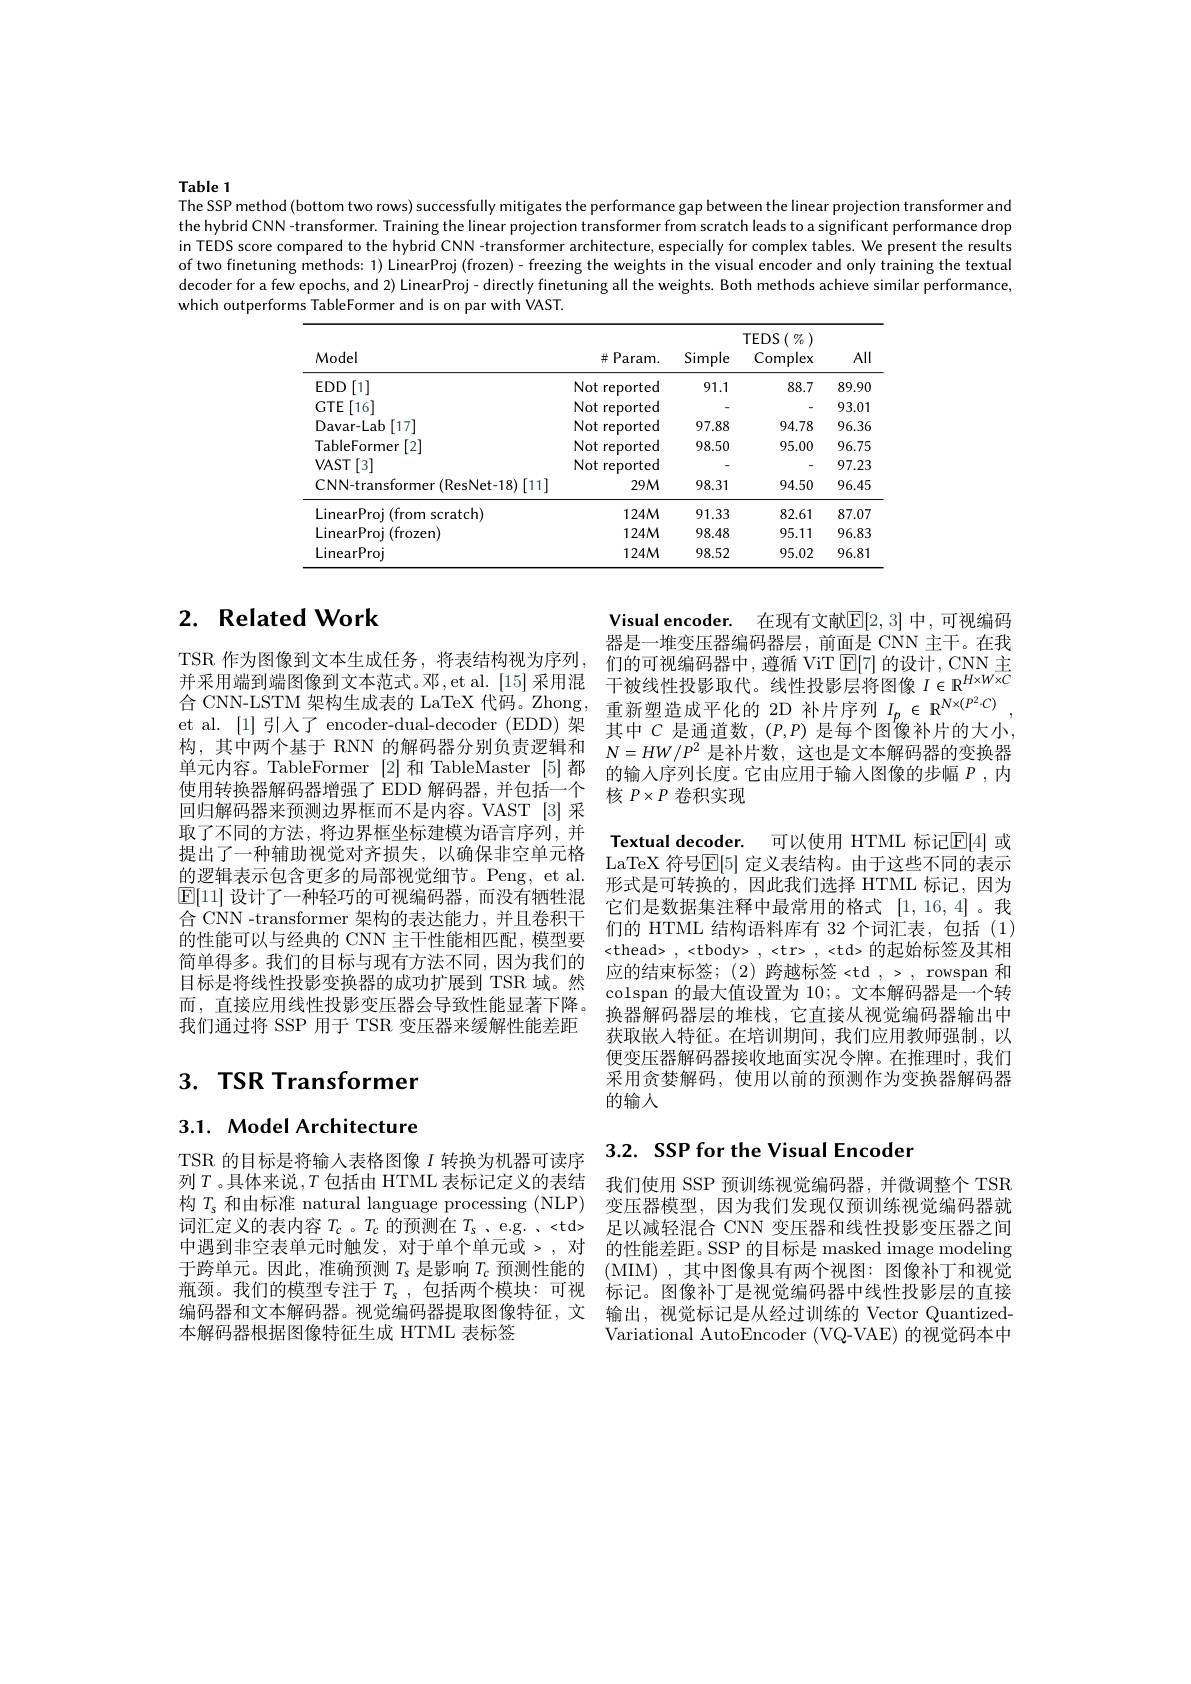
Table 1
The SSP method (bottom two rows) successfully mitigates the performance gap between the linear projection transformer and

the hybrid CNN-transformer. Training the linear projection transformer from scratch leads to a significant performance drop in TEDS score compared to the hybrid CNN -transformer architecture, especially for complex tables. We present the results of two finetuning methods: 1) LinearProj (frozen)- freezing the weights in the visual encoder and only training the textual decoder for a few epochs, and 2) LinearProj- directly finetuning all the weights. Both methods achieve similar performance, which outperforms TableFormer and is on par with VAST.

<table>
	<tbody>
		<tr>
			<th>Model</th>
			<th>$\#$Param.</th>
			<th>Simple</th>
			<th>$TEDS($ $\%$ ) Complex</th>
			<th>AII</th>
		</tr>
		<tr>
			<td>$EDD$ $\cdot[1]$</td>
			<td>Not reported</td>
			<td>91.1</td>
			<td>88.7</td>
			<td>89.90</td>
		</tr>
		<tr>
			<td>GTE[16]</td>
			<td>Not reported</td>
			<td> </td>
			<td> </td>
			<td>93.01</td>
		</tr>
		<tr>
			<td>Davar- Lab [ 17] </td>
			<td>Not reported</td>
			<td>97.88</td>
			<td>94.78</td>
			<td>96.36</td>
		</tr>
		<tr>
			<td>TableFormer[2]</td>
			<td>Not reported</td>
			<td>98.50</td>
			<td>95.00</td>
			<td>96.75</td>
		</tr>
		<tr>
			<td>$VAST[3]$</td>
			<td>Not reported</td>
			<td> </td>
			<td> </td>
			<td>97.23</td>
		</tr>
		<tr>
			<td>CNN-transformer (ResNet-18)[11]</td>
			<td>$29M$</td>
			<td>98.31</td>
			<td>94.50</td>
			<td>96.45</td>
		</tr>
		<tr>
			<td>LinearProj (from scratch)</td>
			<td>$124M$</td>
			<td>91.33</td>
			<td>82.61</td>
			<td>87.07</td>
		</tr>
		<tr>
			<td>LinearProj (frozen)</td>
			<td>$124M$</td>
			<td>98.48</td>
			<td>95.11</td>
			<td>96.83</td>
		</tr>
		<tr>
			<td>LinearProj</td>
			<td>$124M$</td>
			<td>98.52</td>
			<td>95.02</td>
			<td>96.81</td>
		</tr>
	</tbody>
</table>

## $2. \textbf{Related Work}$

Visual encoder.
器是一堆变压器编码器层，前面是 CNN 主干。在我

TSR 作为图像到文本生成任务，将表结构视为序列，
并 采 用 端 到 端 图 像 到 文 本 范 式 。邓 , et. l. [ 5] 采 用 混 干 被 线 性 投 影 取 代 。线 性 投 影 层 将 图 像 $I\in \mathbb{R} ^{HxWxC}$ 合 CNN- LSTM 架 构 生 成 表 的 LaTeX 代 码 。Zhong, 重 新 塑 造 成 平 化 的 2D 补 片 序 列 $I_p\in \mathbb{R} ^{Nx( P^2C) }$, et a [ 1] 引 入 了 encoder- dual- decoder ( ED) ) 架
et al. [1]引人了 encoder-dual-decoder (EDD)架
构，其中两个基于 RNN 的解码器分别负责逻辑和 $N= HW/ P^2$ 是补片数，这也是文本解码器的变换器单元内容。TableFormer [2]和 TableMaster [5]都 的输入序列长度。它由应用于输入图像的步幅$P$,内使用转换器解码器增强了 EDD 解码器，并包括一个回归解码器来预测边界框而不是内容。VAST [3]采取了不同的方法，将边界框坐标建模为语言序列，并提出了一种辅助视觉对齐损失，以确保非空单元格的逻辑表示包含更多的局部视觉细节。Peng, et al. $\boxed{\mathbb{E}[11]\text{ 设计了一种轻巧的可视编码器，而没有牺牲混}}$ 合 CNN -transformer 架构的表达能力，并且卷积干的性能可以与经典的 CNN 主干性能相匹配，模型要简单得多。我们的目标与现有方法不同，因为我们的目标是将线性投影变换器的成功扩展到 TSR 域。然而，直接应用线性投影变压器会导致性能显著下降。我们通过将 SSP 用于 TSR 变压器来缓解性能差距

在现有文献$\mathbb{E}[2,3]$中，可视编码
们的可视编码器中，遵循 ViT E[7] 的设计，CNN 主其中$C$是通道数$,(P,P)$是每个图像补片的大小， 核$P\times P$卷积实现
Textual decoder. 可以使用 HTML 标记$\mathbb{E}[4]$ 或LaTeX 符号$\mathbb{E}[5]$ 定义表结构。由于这些不同的表示形式是可转换的，因此我们选择 HTML 标记，因为它们是数据集注释中最常用的格式[1,16,4]。我们的 HTML 结构语料库有 32 个词汇表，包括 (1) <thead>~,~<tbody>~,~<tr>~,~<td>~的起始标签及其相应的结束标签；(2)跨越标签<td~,~>~,~rowspan~和colspan 的最大值设置为10；。文本解码器是一个转换器解码器层的堆栈，它直接从视觉编码器输出中获取嵌入特征。在培训期间，我们应用教师强制，以便变压器解码器接收地面实况令牌。在推理时，我们采用贪婪解码，使用以前的预测作为变换器解码器的输人

# 3. TSR Transformer

3.1. Model Architecture

## 3.2. SSP for the Visual Encoder

TSR 的目标是将输入表格图像$I$转换为机器可读序列$T$。具体来说 $,T$ 包括由 HTML 表标记定义的表结构$T_\mathrm{s}$和由标准 natural language processing (NLP) 变压器模型，因为我们发现仅预训练视觉编码器就
词汇定义的表内容$T_c$ 。$T_c$的预测在$T_s$ 、e.g. <td> 中遇到非空表单元时触发，对于单个单元或>,对于跨单元。因此，准确预测$T_\mathrm{s}$是影响$T_\mathrm{c}$预测性能的瓶颈。我们的模型专注于$T_\mathrm{s}$ ,包括两个模块：可视编码器和文本解码器。视觉编码器提取图像特征，文 输出，视觉标记是从经过训练的 Vector Quantized-
本解码器根据图像特征生成 HTML 表标签

我们使用 SSP 预训练视觉编码器，并微调整个 TSR 足以减轻混合 CNN 变压器和线性投影变压器之间的性能差距。SSP 的目标是 masked image modeling (MIM),其中图像具有两个视图：图像补丁和视觉标记。图像补丁是视觉编码器中线性投影层的直接Variational AutoEncoder (VQ-VAE) 的视觉码本中